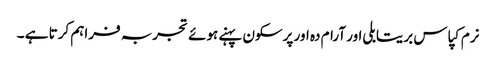
نرم کپاس بریتابلی اور آرام دہ اور پرسکون پہنے ہوئے تجربہ فراہم کرتا ہے ۔